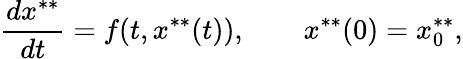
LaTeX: \frac{dx^{**}}{dt}=f(t,x^{**}(t)),\qquad x^{**}(0)=x_{0}^{**},